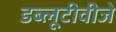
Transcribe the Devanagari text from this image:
डब्लूटीवीजे